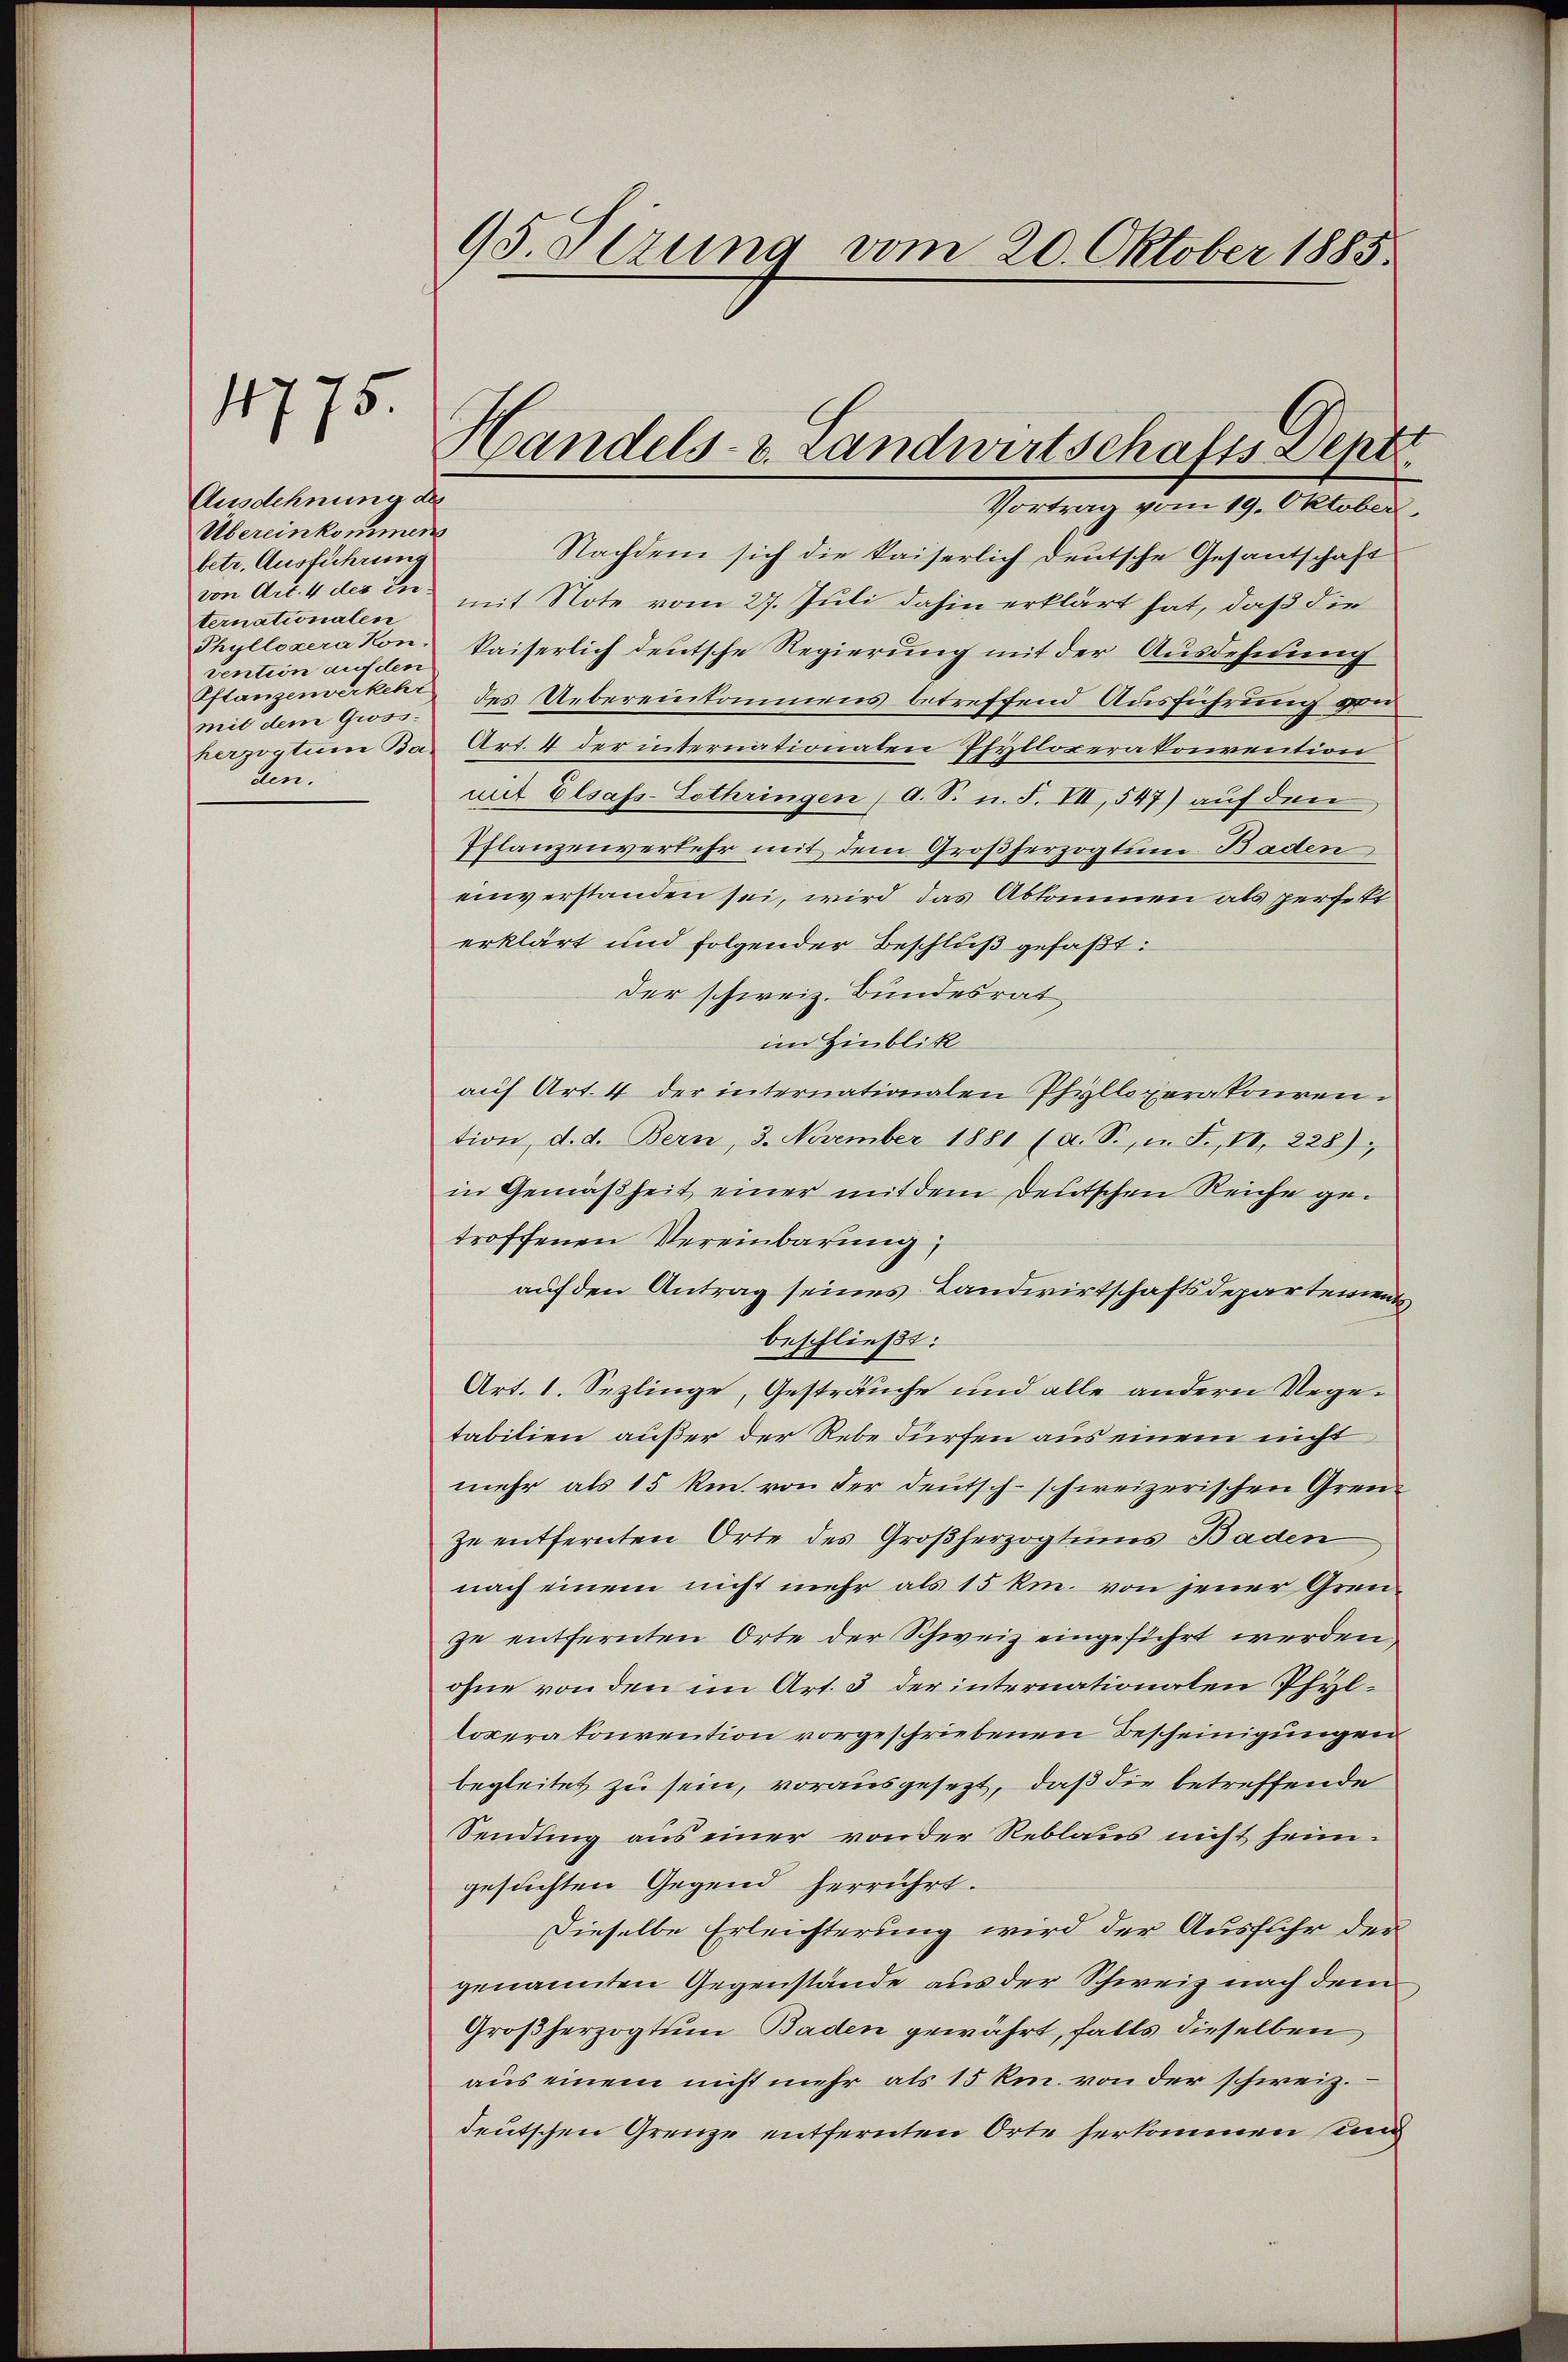
Ausdehnung des
Übereinkommen
betr. Ausführung
ternationalen
cention auf den
Pflanzenverkehr
den.

1775.

95. Serung vom 20. Oktober 1885.

Handels- & Landwirtschafts-Deptt

Vortrag vom 19. Oktober.
Nachdem sich die kaiserlich deutsche Gesantschaft
von Art. 4 des in mit Note vom 27. Juli dahin erklärt hat, daß die
Phyllexera kon kaiserlich deutsche Regierung mit der Ausdehnung
mit dem Gross, das Uebereinkommens betreffend Ausführung von
herzogtum Bar Art. 4 der internationaten Pfylloperakonvention
mit Elsass-Lothringen (A. S. n. F. VII, 547) auf den
Pflanzenverkehr mit dem Großherzogtum Baden
einverstanden sei, wird das Abkommen als perfekt
erklärt und folgender Beschluß gefaßt:
der schweiz. Bundesrat
im Hinblik
auf Art. 4 der internationalen Phylloperatouren.
tion, d. d. Bern, 3. November 1881 (a. S., n. F. II, 228)
in Gemäßheit einer mit dem deutschen Reiche getroffenen Vereinbarung,
auf den Antrag seines Landwirtschaftsdepartement
beschließt:
Art. 1. Seplinge, Gesträuche und alle andern Negetabilien außer der Rebe dürfen aus einem nicht
mehr als 15 km. von der Deutsch-schweizerischen Grenzu entfernten Orte des Großherzogtums Baden
nach einem nicht mehr als 15 km. von jener Grenze entfernten Orte der Schweiz eingeführt werden,
ohne von den im Art. 3 der internationalen Phylloperatonvention vorgeschriebenen Bescheinigungen
begleitet zu sein, vorausgesezt, daß die betreffende
Sendung aus einer von der Reblaus nicht heimgesuchten Gegend herrührt.
Dieselbe Erleichterung wird der Ausfuhr der
genannten Gegenstände aus der Schweiz nach dem
Großherzogtum Baden gewährt, falls dieselben
aus einem nicht mehr als 15 km. von der schweiz.
deutschen Grenze entfernten Orte herkommen und